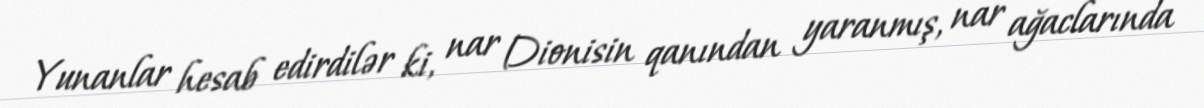
Yunanlar hesab edirdilər ki, nar Dionisin qanından yaranmış, nar ağaclarında